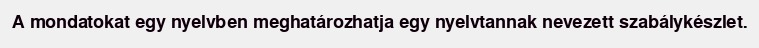
A mondatokat egy nyelvben meghatározhatja egy nyelvtannak nevezett szabálykészlet.